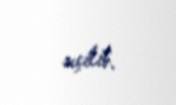
seçilib.